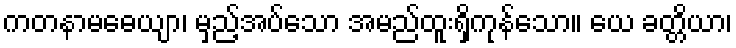
ကတနာမဓေယျာ၊ မှည့်အပ်သော အမည်ထူးရှိကုန်သော။ ယေ ခတ္တိယာ၊